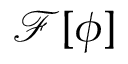
\mathcal { F [ { \phi } ] }